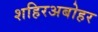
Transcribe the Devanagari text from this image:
शहिरअबोहर